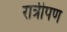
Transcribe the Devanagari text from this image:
रात्रीपण